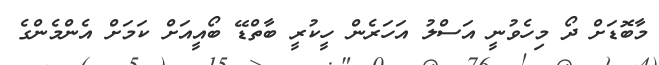
މާބޮޑަށް ދޯ މިހެވުނީ އަސްލު އަހަރެން ހީކުރީ ބާތްޑޭ ބޯއީއަށް ކަމަށް އެންމެންގެ